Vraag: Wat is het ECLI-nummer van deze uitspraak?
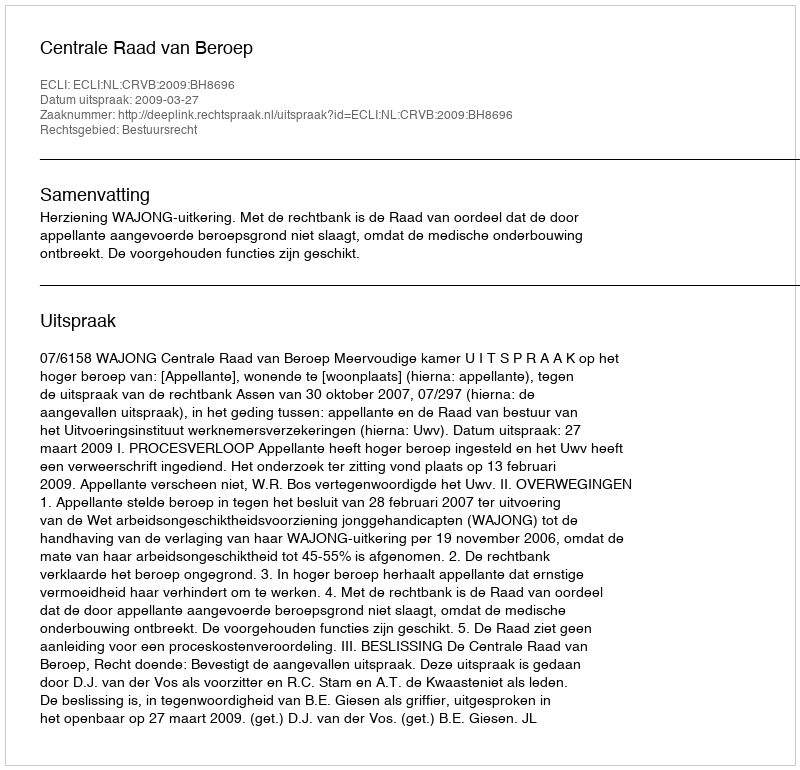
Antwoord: ECLI:NL:CRVB:2009:BH8696